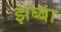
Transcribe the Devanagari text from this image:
झब्बा